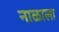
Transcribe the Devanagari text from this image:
नाळाला